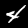
Label: 4